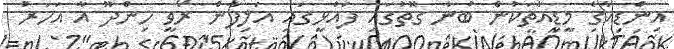
އިންޑިއާގެ މީޑިއާތަކުން ބުނާ ގޮތުގައި ފައްޅީގައި އަލިފާން ރޯވީ ހިންދޫ އާ އަހަރު